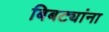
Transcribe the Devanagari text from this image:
बिबट्यांना